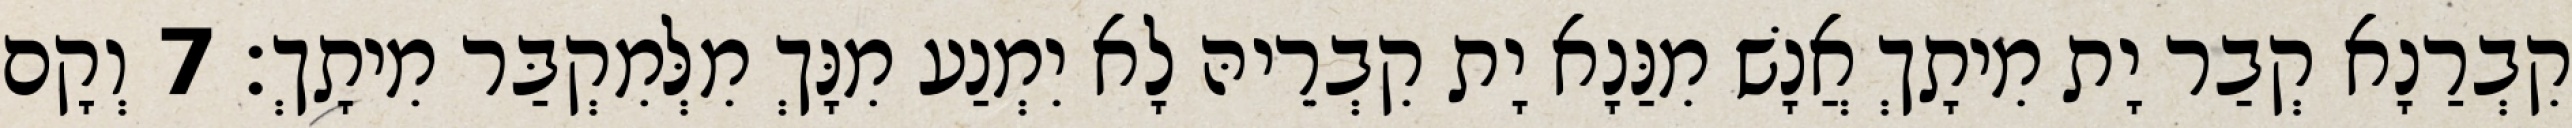
קִבְרַנָא קְבַר יָת מִיתָךְ אֲנָשׁ מִנַּנָא יָת קִבְרֵיהּ לָא יִמְנַע מִנָּךְ מִלְּמִקְבַּר מִיתָךְ׃ 7 וְקָם